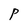
Character: P